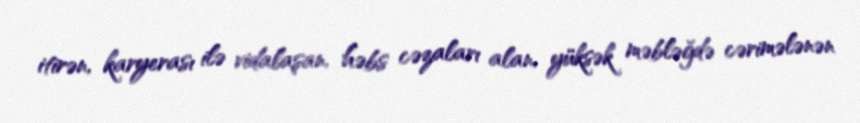
itirən, karyerası ilə vidalaşan, həbs cəzaları alan, yüksək məbləğdə cərimələnən